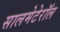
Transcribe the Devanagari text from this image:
सालमेटेरॉल